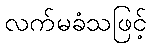
လက်မခံသဖြင့်